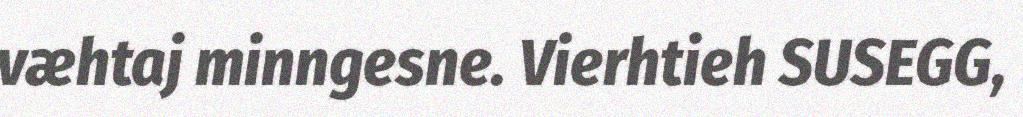
væhtaj minngesne. Vierhtieh SUSEGG,